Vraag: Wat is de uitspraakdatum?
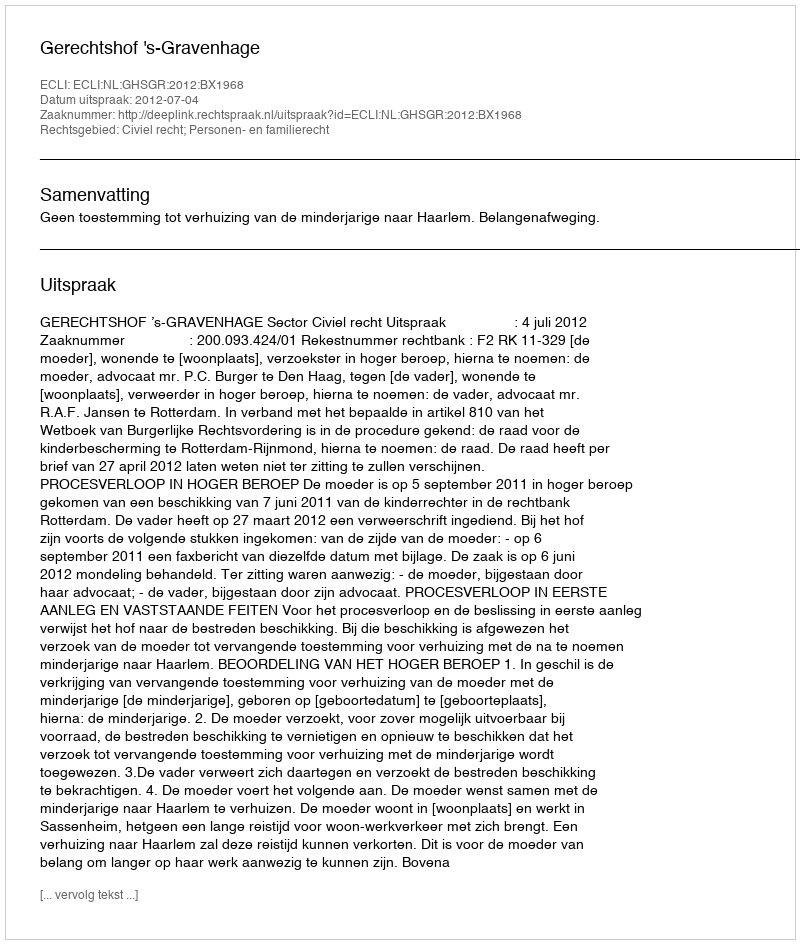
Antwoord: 2012-07-04